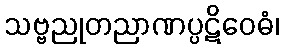
သဗ္ဗညုတညာဏပ္ပဋိဝေဓံ၊